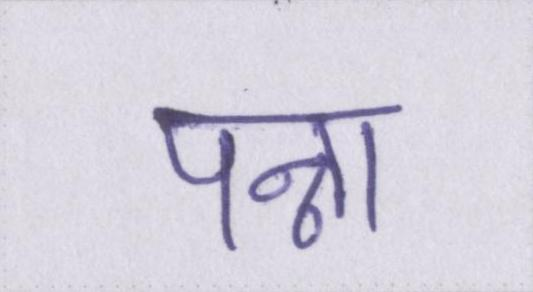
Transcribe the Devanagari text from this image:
पन्ना